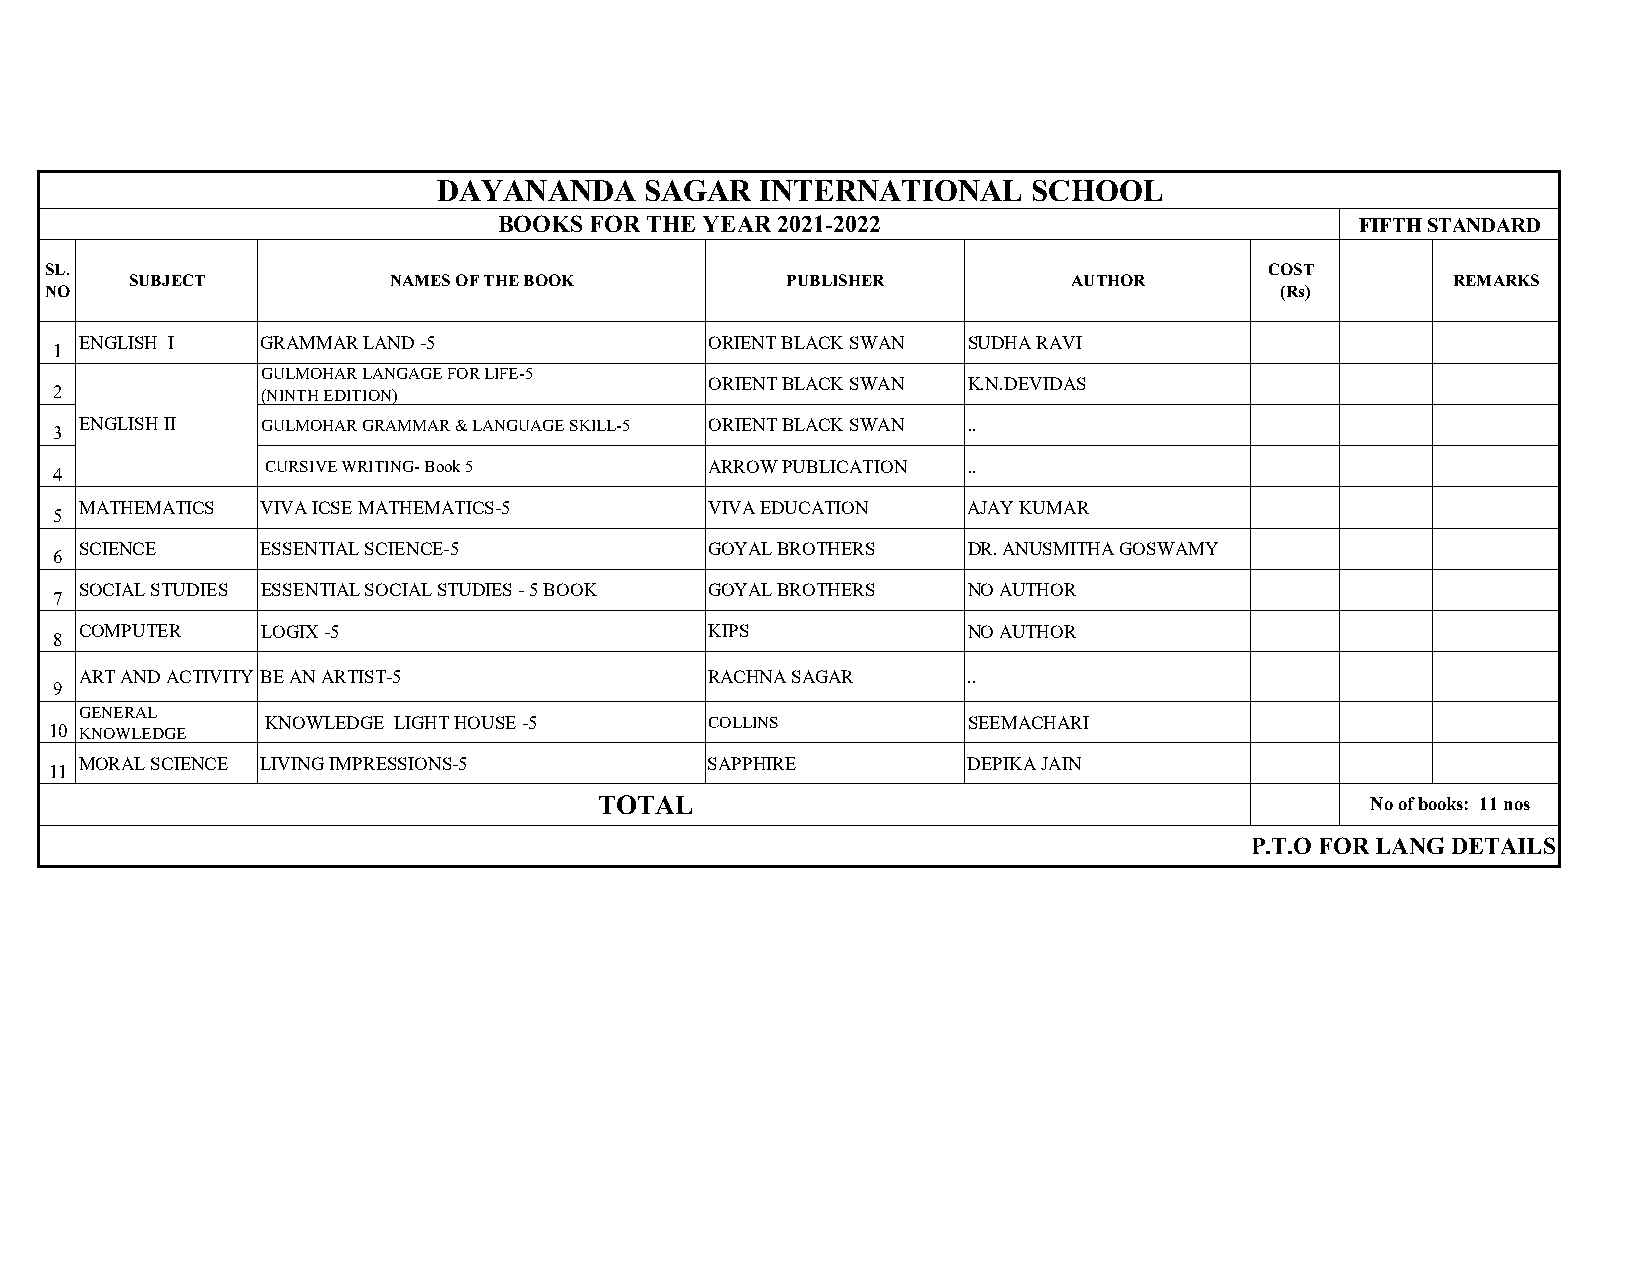
DAYANANDA     SAGAR  INTERNATIONAL     SCHOOL
 BOOKS FOR THE YEAR 2021-2022                             FIFTH STANDARD
 SL.                                                                              COST
 SUBJECT          NAMES OF THE BOOK         PUBLISHER          AUTHOR                   REMARKS
 NO                                                                                (Rs)
 ENGLISH I   GRAMMAR LAND -5               ORIENT BLACK SWAN SUDHA RAVI
 1
 GULMOHAR LANGAGE FOR LIFE-5
 ORIENT BLACK SWAN K.N.DEVIDAS
 2            (NINTH EDITION)
 ENGLISH II  GULMOHAR GRAMMAR & LANGUAGE SKILL-5 ORIENT BLACK SWAN ..
 3
 CURSIVE WRITING- Book 5      ARROW PUBLICATION ..
 4
 MATHEMATICS VIVA ICSE MATHEMATICS-5       VIVA EDUCATION   AJAY KUMAR
 5
 6
 SCIENCE     ESSENTIAL SCIENCE-5           GOYAL BROTHERS   DR. ANUSMITHA GOSWAMY
 SOCIAL STUDIES ESSENTIAL SOCIAL STUDIES - 5 BOOK GOYAL BROTHERS NO AUTHOR
 7
 COMPUTER    LOGIX -5                      KIPS             NO AUTHOR
 8
 ART AND ACTIVITY BE AN ARTIST-5           RACHNA SAGAR     ..
 9
 GENERAL
 KNOWLEDGE LIGHT HOUSE -5     COLLINS          SEEMACHARI
 10 KNOWLEDGE
 MORAL SCIENCE LIVING IMPRESSIONS-5        SAPPHIRE         DEPIKA JAIN
 11
 TOTAL                                              No of books: 11 nos
 P.T.O FOR LANG DETAILS